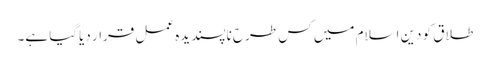
طلاق کو دین اسلام میں کس طرح ناپسندیدہ عمل قرار دیاگیا ہے۔